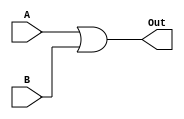
/* $Author: Garret Huibregtse # */
/* $LastChangedDate: 2019-03-01 18:01 (Fri, 15 March 2019) $ */
/* $Rev: 01 $ */
module or16(A, B, Out);
    parameter N = 16;

    input  [N-1:0] A, B;
    output [N-1:0] Out;

    assign Out = A | B;

endmodule